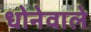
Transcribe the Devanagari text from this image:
धोनेवाले